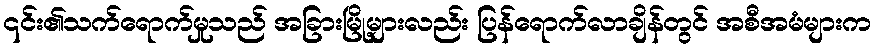
၎င်း၏သက်ရောက်မှုသည် အခြားမြို့များလည်း ပြန်ရောက်လာချိန်တွင် အစီအမံများက